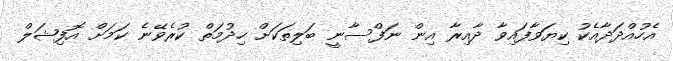
އެހުއްދަދާއެކު ކިޔަވާފައިވާ ދާއިރާ އިން ނަފްސާނީ ބަލިތަކަށް ހިދުމަތް ކުރެވޭނެ ކަމަށް އޮފިޝަލް